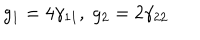
LaTeX: g _ { 1 } = 4 \gamma _ { 1 1 } , \; g _ { 2 } = 2 \gamma _ { 2 2 }